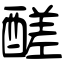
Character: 醝